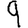
Digit: 9